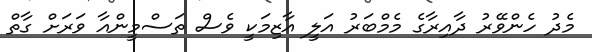
މެދު ހެންވޭރު ދާއިރާގެ މެމްބަރު އަލީ އާޒިމަކީ ވެސް ތަސްމީންއާ ވަރަށް ގާތް